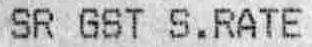
SR GST S.RATE